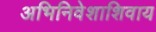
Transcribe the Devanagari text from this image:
अभिनिवेशाशिवाय